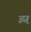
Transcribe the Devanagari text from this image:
झ्र्